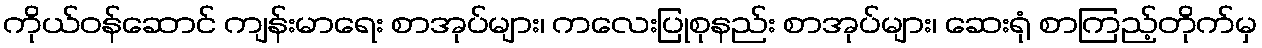
ကိုယ်ဝန်ဆောင် ကျန်းမာရေး စာအုပ်များ၊ ကလေးပြုစုနည်း စာအုပ်များ၊ ဆေးရုံ စာကြည့်တိုက်မှ